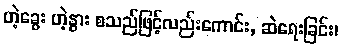
ဟဲ့ခွေး ဟဲ့နွား စသည်ဖြင့်လည်းကောင်း, ဆဲရေးခြင်း၊